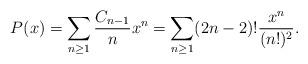
LaTeX: \begin{align*}P(x) = \sum\limits_{n\geq1}\frac{C_{n-1}}{n}x^n = \sum\limits_{n\geq 1}(2n-2)!\frac{x^n}{(n!)^2}.\end{align*}